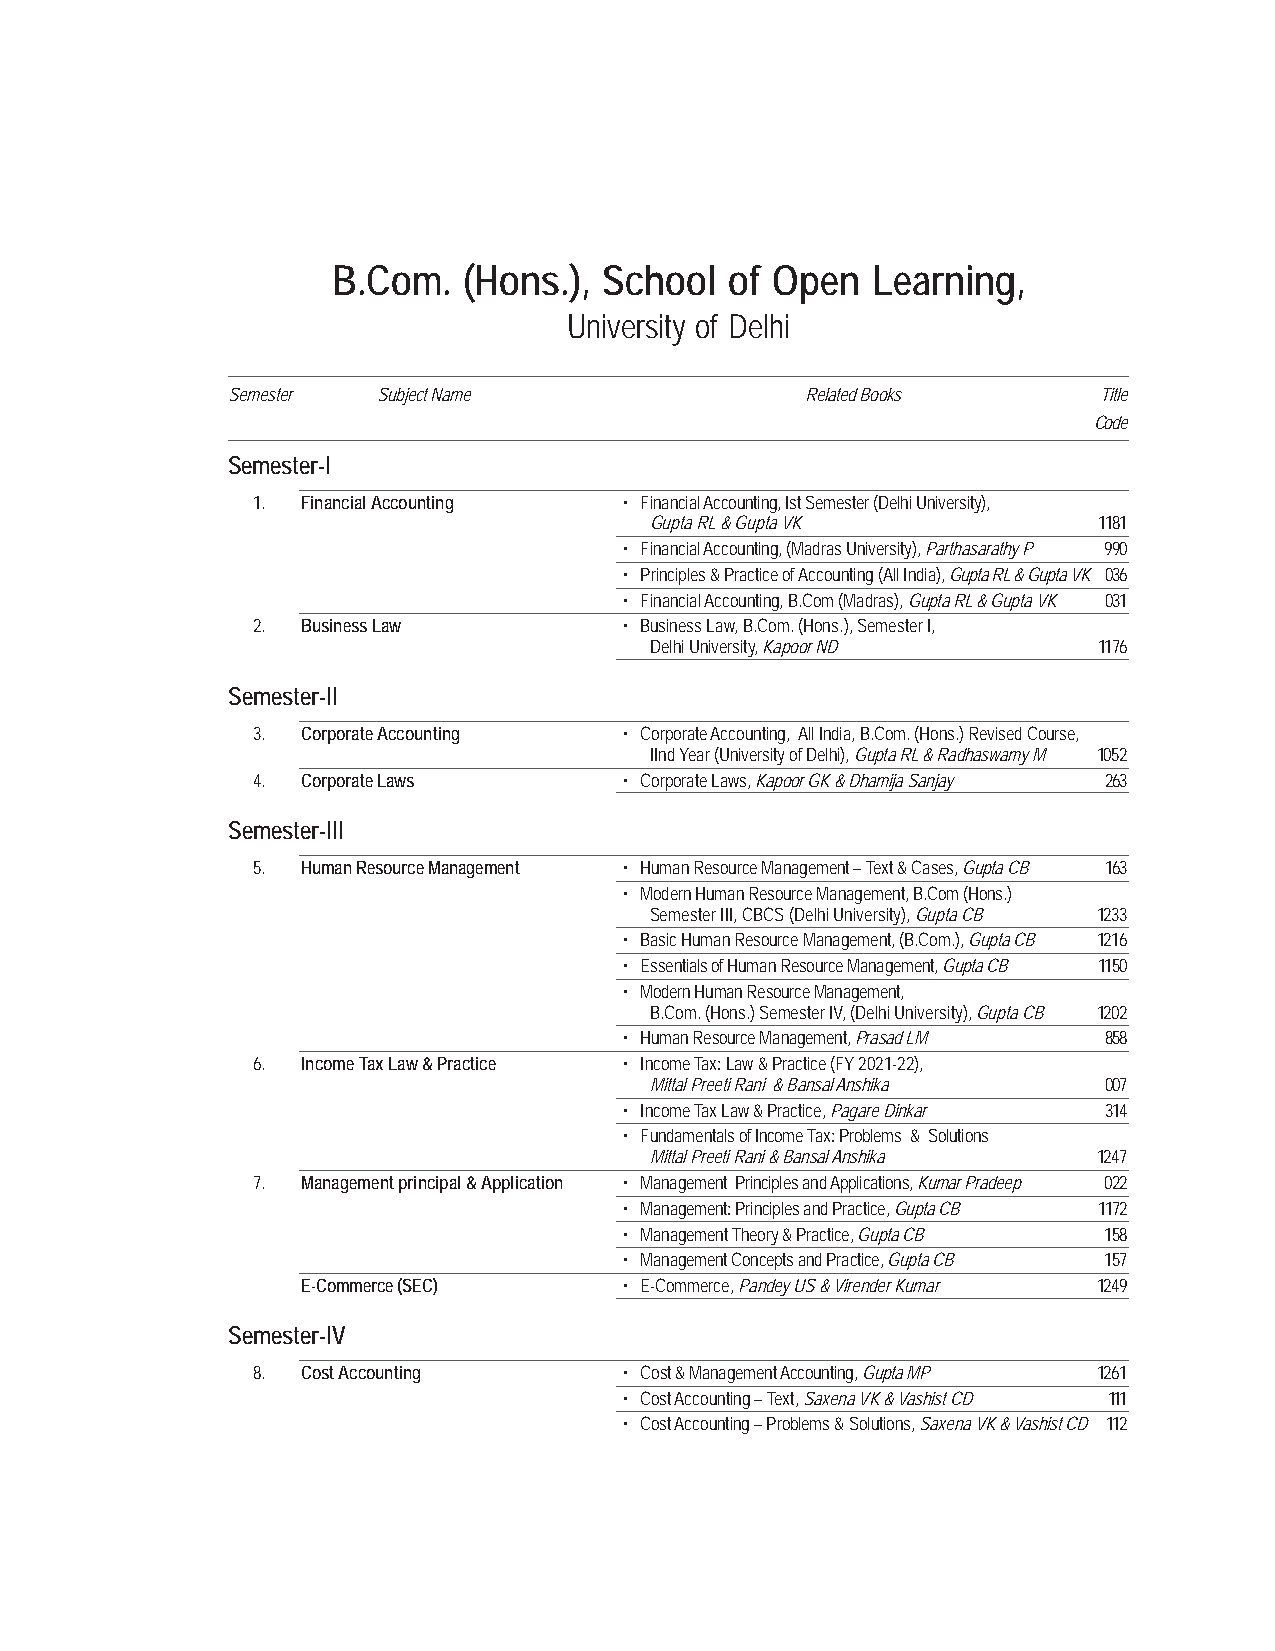
B.Com.   (Hons.), School  of Open   Learning,
 University of Delhi
 Semester  Subject Name                Related Books       Title
 Code
 Semester-I
 1. Financial Accounting • Financial Accounting, Ist Semester (Delhi University),
 Gupta RL & Gupta VK           1181
 • Financial Accounting, (Madras University), Parthasarathy P 990
 • Principles & Practice of Accounting (All India), Gupta RL & Gupta VK 036
 • Financial Accounting, B.Com (Madras), Gupta RL & Gupta VK 031
 2. Business Law         • Business Law, B.Com. (Hons.), Semester I,
 Delhi University, Kapoor ND   1176
 Semester-II
 3. Corporate Accounting • Corporate Accounting, All India, B.Com. (Hons.) Revised Course,
 IInd Year (University of Delhi), Gupta RL & Radhaswamy M 1052
 4. Corporate Laws       • Corporate Laws, Kapoor GK & Dhamija Sanjay 263
 Semester-III
 5. Human Resource Management • Human Resource Management – Text & Cases, Gupta CB 163
 • Modern Human Resource Management, B.Com (Hons.)
 Semester III, CBCS (Delhi University), Gupta CB 1233
 • Basic Human Resource Management, (B.Com.), Gupta CB 1216
 • Essentials of Human Resource Management, Gupta CB 1150
 • Modern Human Resource Management,
 B.Com. (Hons.) Semester IV, (Delhi University), Gupta CB 1202
 • Human Resource Management, Prasad LM 858
 6. Income Tax Law & Practice • Income Tax: Law & Practice (FY 2021-22),
 Mittal Preeti Rani & Bansal Anshika 007
 • Income Tax Law & Practice, Pagare Dinkar 314
 • Fundamentals of Income Tax: Problems & Solutions
 Mittal Preeti Rani & Bansal Anshika 1247
 7. Management principal & Application • Management Principles and Applications, Kumar Pradeep 022
 • Management: Principles and Practice, Gupta CB 1172
 • Management Theory & Practice, Gupta CB 158
 • Management Concepts and Practice, Gupta CB 157
 E-Commerce (SEC)     • E-Commerce, Pandey US & Virender Kumar 1249
 Semester-IV
 8. Cost Accounting      • Cost & Management Accounting, Gupta MP 1261
 • Cost Accounting – Text, Saxena VK & Vashist CD 111
 • Cost Accounting – Problems & Solutions, Saxena VK & Vashist CD 112